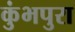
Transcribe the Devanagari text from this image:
कुंभपुरा